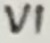
Text: VI